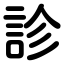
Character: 診